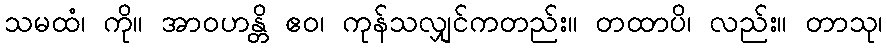
သမထံ၊ ကို။ အာဝဟန္တိ ဧဝ၊ ကုန်သလျှင်ကတည်း။ တထာပိ၊ လည်း။ တာသု၊